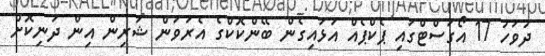
ދުވަހު 17 އޯގަސްޓްގައި ޕެކްޕެއް އަޅައިގެން ބޭންކޮކްގެ އެރަވަން ޝަރިން އިން ދަނިކޮށް